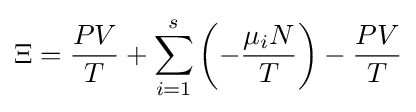
\Xi ={\frac {PV}{T}}+\sum _{i=1}^{s}\left(-{\frac {\mu _{i}N}{T}}\right)-{\frac {PV}{T}}